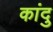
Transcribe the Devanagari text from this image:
कांदु